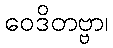
ဝေဒိတဗ္ဗာ၊